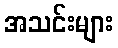
အသင်းများ